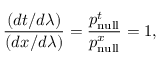
{ \frac { ( d t / d \lambda ) } { ( d x / d \lambda ) } } = { \frac { p _ { \mathrm { n u l l } } ^ { t } } { p _ { \mathrm { n u l l } } ^ { x } } } = 1 ,